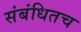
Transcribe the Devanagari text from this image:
संबंधितच